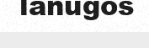
lanugos